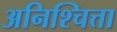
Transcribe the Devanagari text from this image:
अनिश्चित्ता